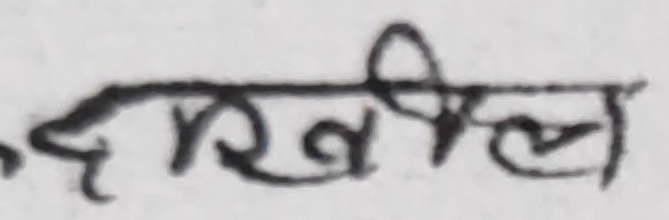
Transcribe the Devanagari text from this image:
खरील